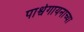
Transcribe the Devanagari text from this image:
पार्श्वगायनाच्या